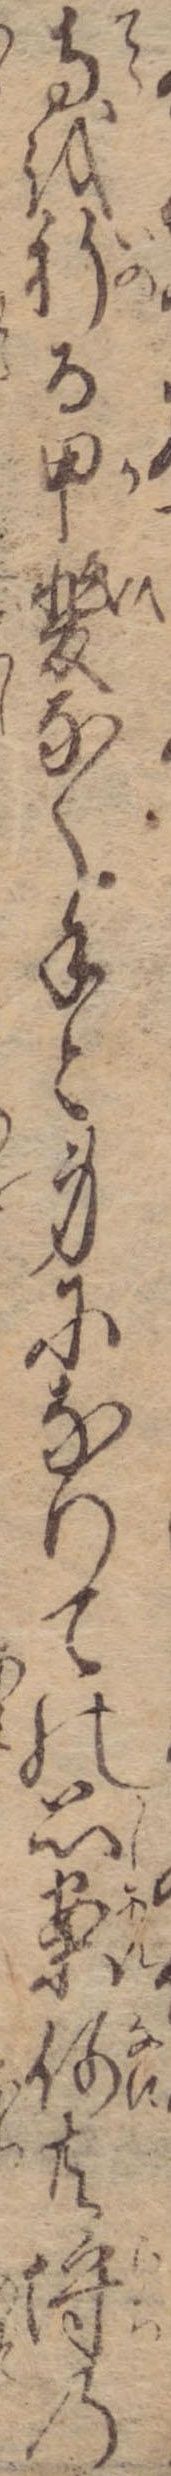
寺を祈る甲斐なく手と身になりての思案何共埒の